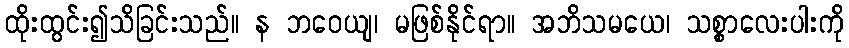
ထိုးထွင်း၍သိခြင်းသည်။ န ဘဝေယျ၊ မဖြစ်နိုင်ရာ။ အဘိသမယေ၊ သစ္စာလေးပါးကို